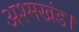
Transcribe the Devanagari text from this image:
अश्मखंड।